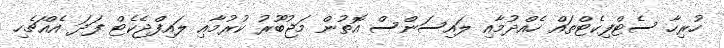
ހުރިހާ ސެޓްފިކެޓްތައް ހެއްދުމާއި ލައިސަންސް އޮތުން މަޖުބޫރު ކުރުމާއި ލައިފްޖެކެޓް ފަދަ އެއްޗެހި